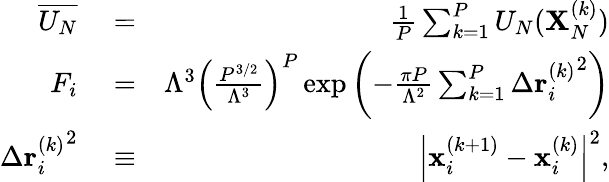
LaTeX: \begin{array}{rlr}{\overline{{U_{N}}}}&{{}=}&{\frac{1}{P}\sum_{k=1}^{P}U_{N}(\mathbf{X}_{N}^{(k)})}\\ {F_{i}}&{{}=}&{\Lambda^{3}\left(\frac{P^{3/2}}{\Lambda^{3}}\right)^{P}\exp\left(-\frac{\pi P}{\Lambda^{2}}\sum_{k=1}^{P}\Delta{\mathbf{r}_{i}^{(k)}}^{2}\right)}\\ {\Delta{\mathbf{r}_{i}^{(k)}}^{2}}&{{}\equiv}&{\left|\mathbf{x}_{i}^{(k+1)}-\mathbf{x}_{i}^{(k)}\right|^{2},}\end{array}